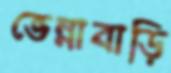
ভেন্নাবাড়ি